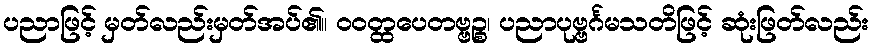
ပညာဖြင့် မှတ်လည်းမှတ်အပ်၏။ ဝဝတ္ထပေတဗ္ဗဉ္စ၊ ပညာပုဗ္ဗင်္ဂမသတိဖြင့် ဆုံးဖြတ်လည်း